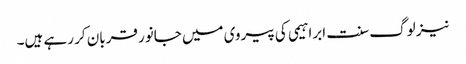
نیز لوگ سنت ابراہیمی کی پیروی میں جانور قربان کر رہے ہیں۔